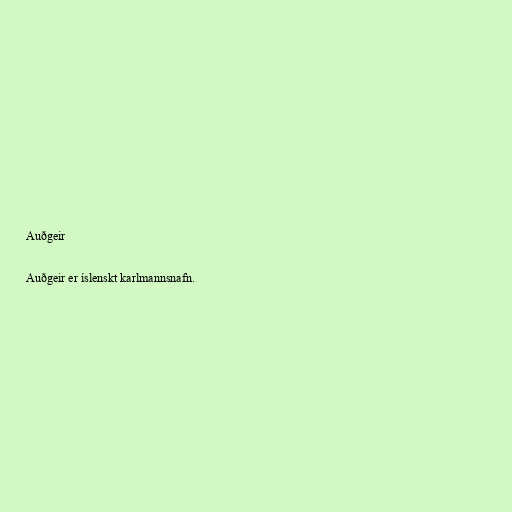
Auðgeir

Auðgeir er íslenskt karlmannsnafn.